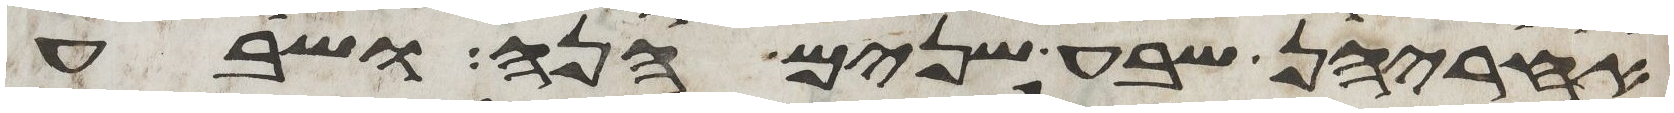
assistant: אחריהן שבע שנים הנה ושבע